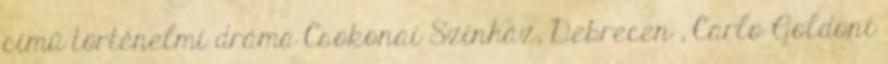
című történelmi dráma Csokonai Színház, Debrecen , Carlo Goldoni